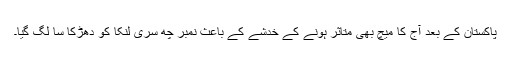
پاکستان کے بعد آج کا میچ بھی متاثر ہونے کے خدشے کے باعث نمبر چھ سری لنکا کو دھڑکا سا لگ گیا۔